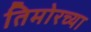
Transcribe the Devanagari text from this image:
तिमोरच्या